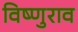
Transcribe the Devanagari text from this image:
विष्णुराव